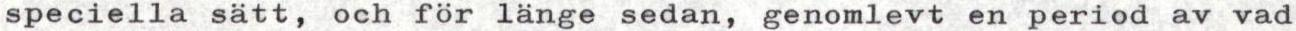
speciella sätt, och för länge sedan, genomlevt en period av vad